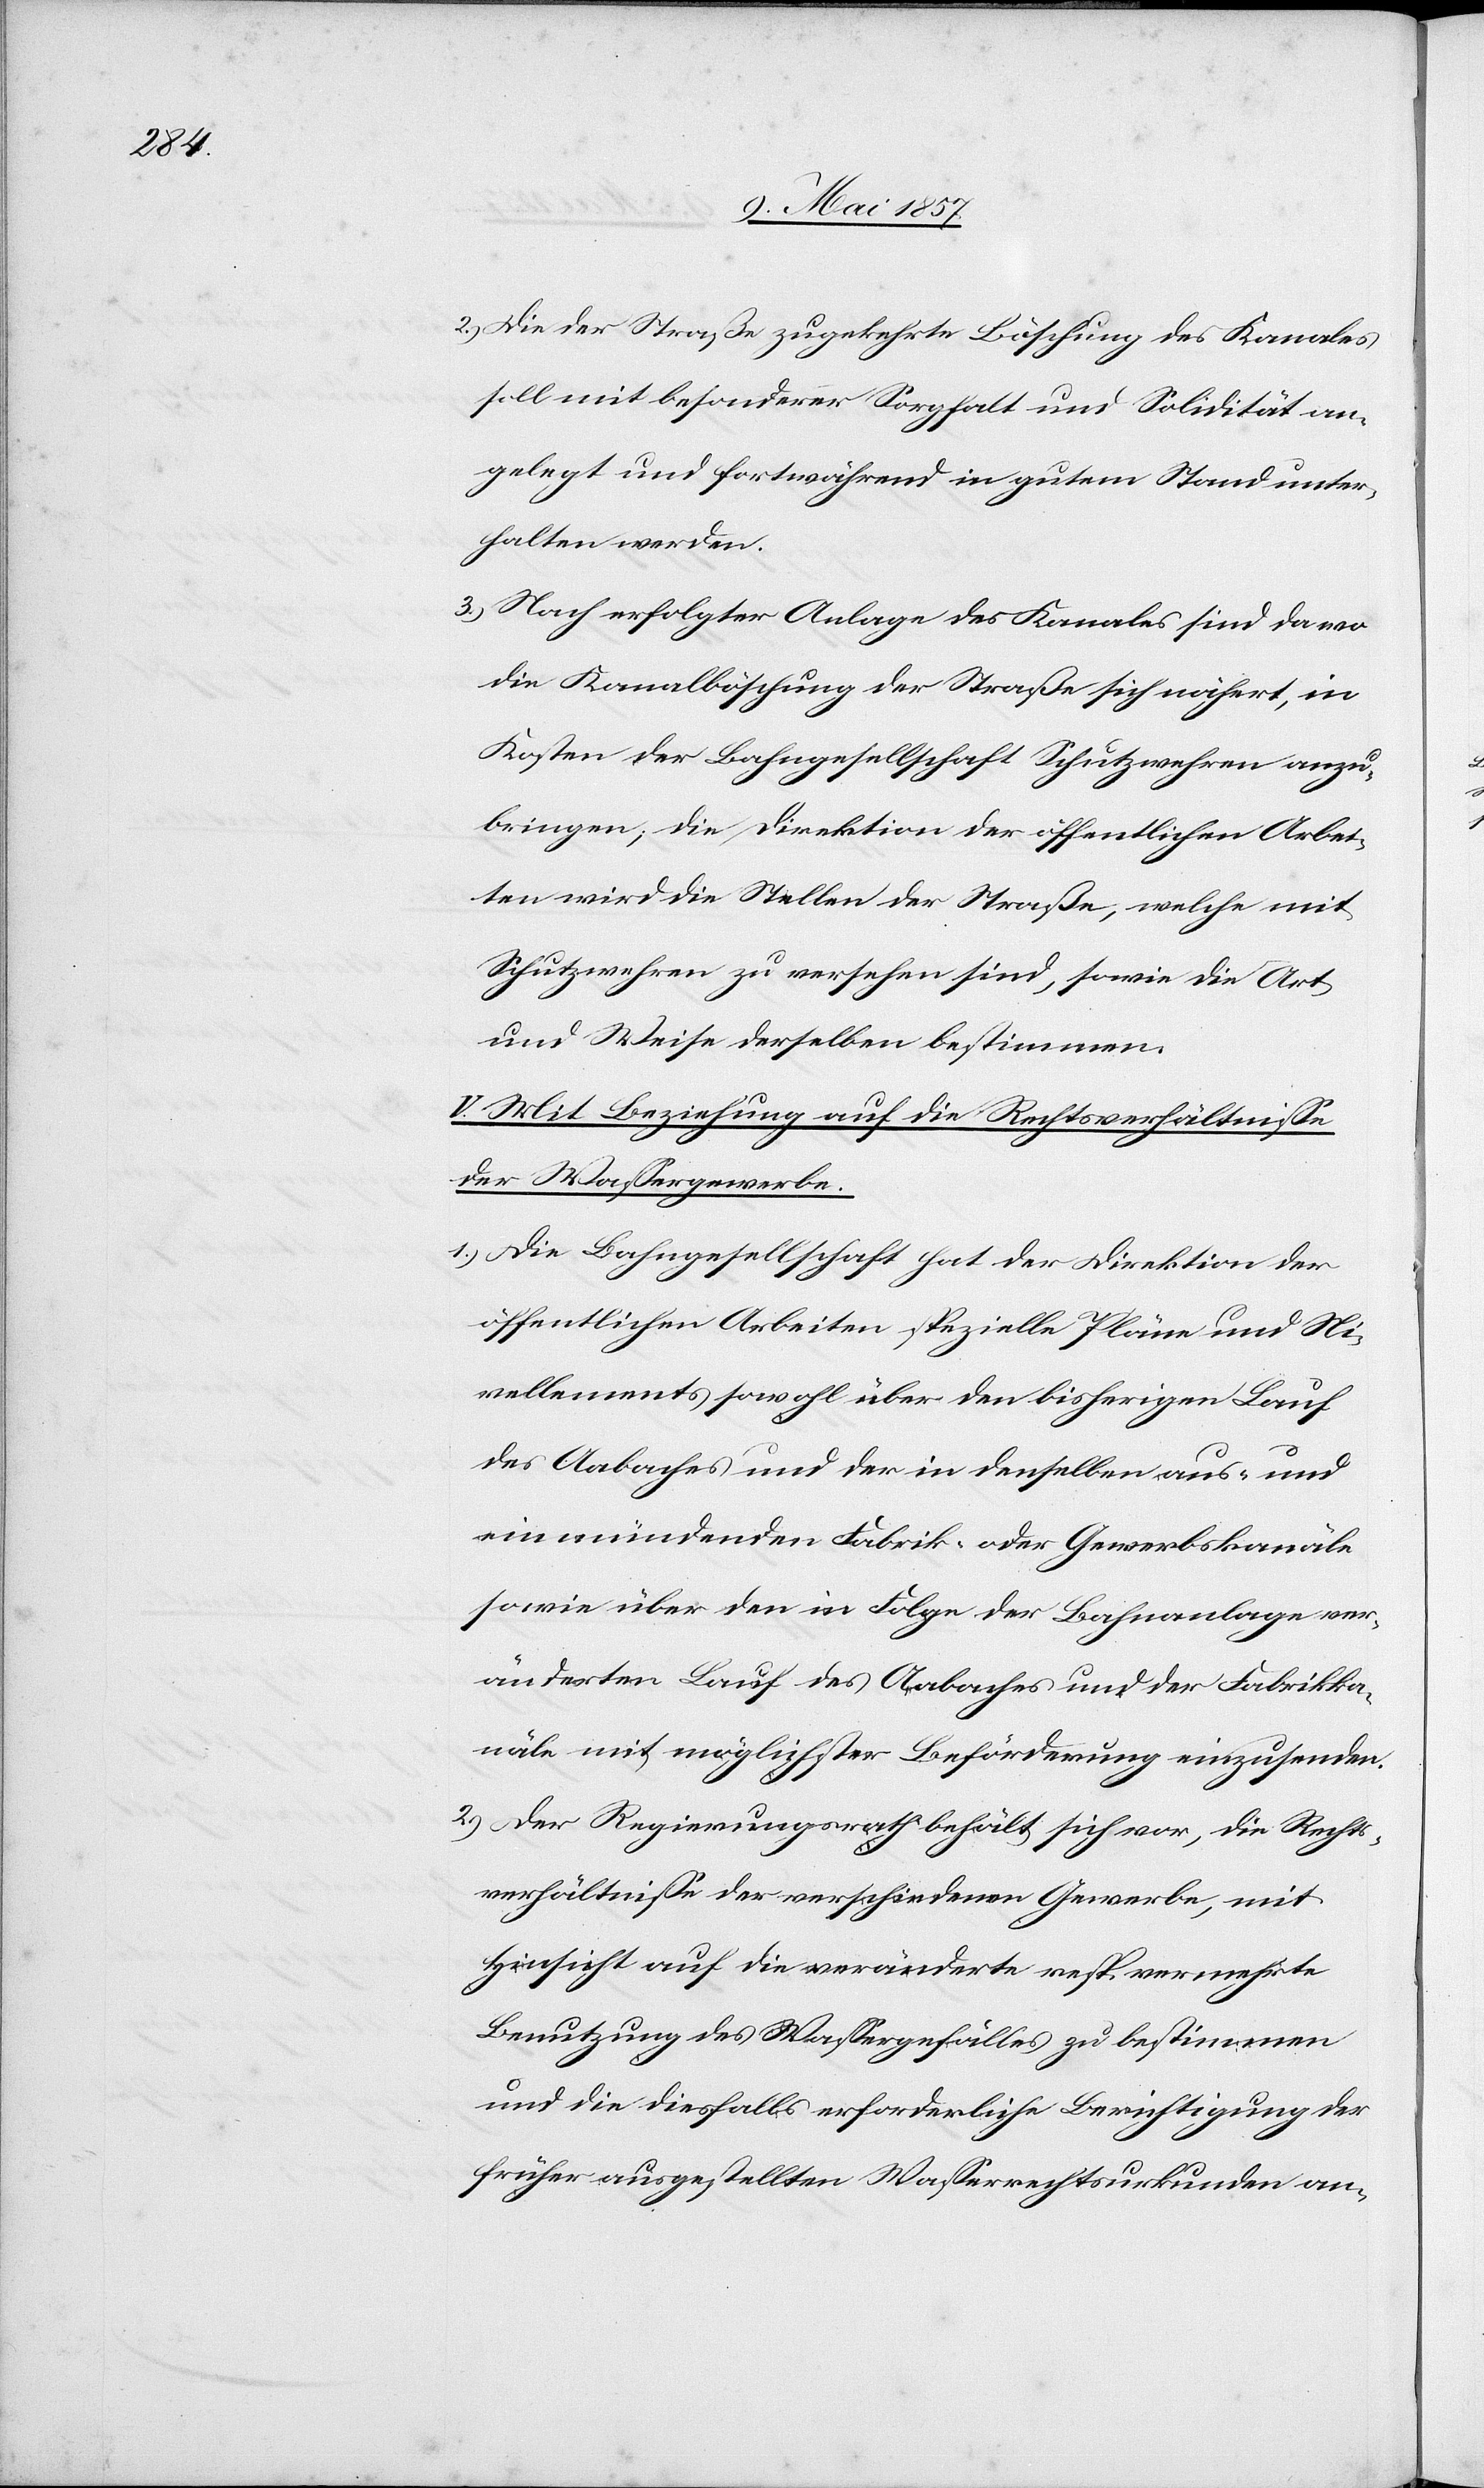
2.) Die der Straße zugekehrte Böschung des Kanales
soll mit besonderer Sorgfalt und Solidität an¬
gelegt und fortwährend in gutem Zustand unter¬
halten werden.
3.) Nach erfolgter Anlage des Kanales sind da wo
die Kanalböschung der Straße sich nähert, in
Kosten der Bahngesellschaft Schutzwehren anzu¬
bringen, die Direktion der öffentlichen Arbei¬
ten wird die Stellen der Straße, welche mit
Schutzwehren zu versehen sind, sowie die Art
und Weise derselben bestimmen.
V. Mit Beziehung auf die Rechtsverhältnisse
der Wassergewerbe.
1.) Die Bahngesellschaft hat der Direktion der
öffentlichen Arbeiten spezielle Pläne und Ni¬
vellements sowohl über den bisherigen Lauf
des Aabaches und der in denselben aus- und
einmündenden Fabrik- oder Gewerbskanäle
sowie über den in Folge der Bahnanlage ver¬
änderten Lauf des Aabaches und der Fabrikka¬
näle mit möglichster Beförderung einzusenden.
2.) Der Regierungsrath behält sich vor, die Rechts¬
verhältnisse der verschiedenen Gewerbe, mit
Hinsicht auf die veränderte resp. vermehrte
Benutzung des Wassergefälles zu bestimmen
und die diesfalls erforderliche Berichtigung der
früher ausgestellten Wasserrechtsurkunden an-